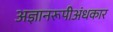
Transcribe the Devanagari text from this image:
अज्ञानरूपीअंधकार